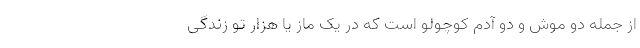
از جمله دو موش و دو آدم کوچولو است که در یک ماز یا هزار تو زندگی